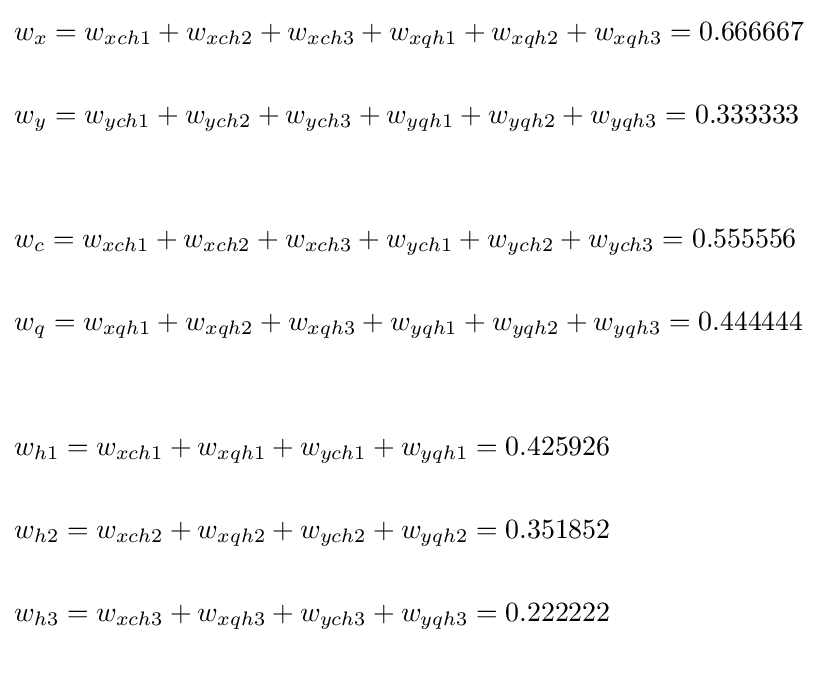
{\begin{aligned}&w_{x}=w_{xch1}+w_{xch2}+w_{xch3}+w_{xqh1}+w_{xqh2}+w_{xqh3}=0.666667\\\\&w_{y}=w_{ych1}+w_{ych2}+w_{ych3}+w_{yqh1}+w_{yqh2}+w_{yqh3}=0.333333\\\\\\&w_{c}=w_{xch1}+w_{xch2}+w_{xch3}+w_{ych1}+w_{ych2}+w_{ych3}=0.555556\\\\&w_{q}=w_{xqh1}+w_{xqh2}+w_{xqh3}+w_{yqh1}+w_{yqh2}+w_{yqh3}=0.444444\\\\\\&w_{h1}=w_{xch1}+w_{xqh1}+w_{ych1}+w_{yqh1}=0.425926\\\\&w_{h2}=w_{xch2}+w_{xqh2}+w_{ych2}+w_{yqh2}=0.351852\\\\&w_{h3}=w_{xch3}+w_{xqh3}+w_{ych3}+w_{yqh3}=0.222222\\\\\end{aligned}}